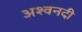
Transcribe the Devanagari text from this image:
अश्वनदी